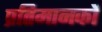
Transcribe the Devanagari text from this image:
प्रतिमानकों